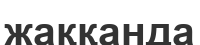
жаққанда